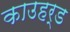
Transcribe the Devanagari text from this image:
काउहर्ड